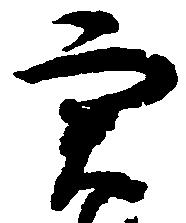
実